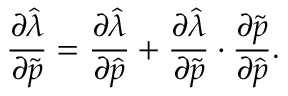
\frac { \partial \widehat { \lambda } } { \partial \widetilde { \boldsymbol { p } } } = \frac { \partial \widehat { \lambda } } { \partial \widehat { \boldsymbol { p } } } + \frac { \partial \widehat { \lambda } } { \partial \widetilde { \boldsymbol { p } } } \cdot \frac { \partial \widetilde { \boldsymbol { p } } } { \partial \widehat { \boldsymbol { p } } } .